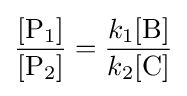
{\frac {\ce {[P1]}}{\ce {[P2]}}}={\frac {k_{1}[{\ce {B}}]}{k_{2}[{\ce {C}}]}}